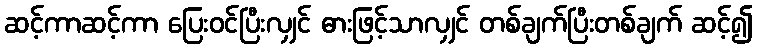
ဆင့်ကာဆင့်ကာ ပြေးဝင်ပြီးလျှင် ဓားဖြင့်သာလျှင် တစ်ချက်ပြီးတစ်ချက် ဆင့်၍